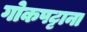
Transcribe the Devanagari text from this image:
गोकपट्टाना